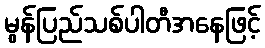
မွန်ပြည်သစ်ပါတီအနေဖြင့်